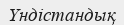
Үндістандық